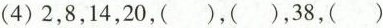
(4)2，8，14，20，()，()，38，()